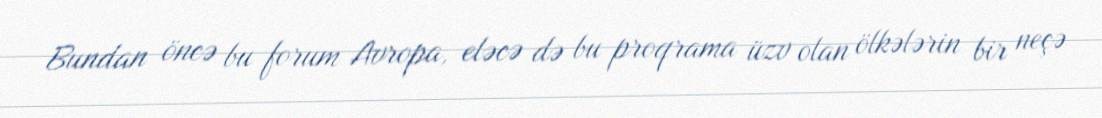
Bundan öncə bu forum Avropa, eləcə də bu proqrama üzv olan ölkələrin bir neçə